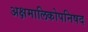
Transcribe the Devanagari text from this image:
अक्षमालिकोपनिषद